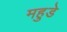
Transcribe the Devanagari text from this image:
महुडे